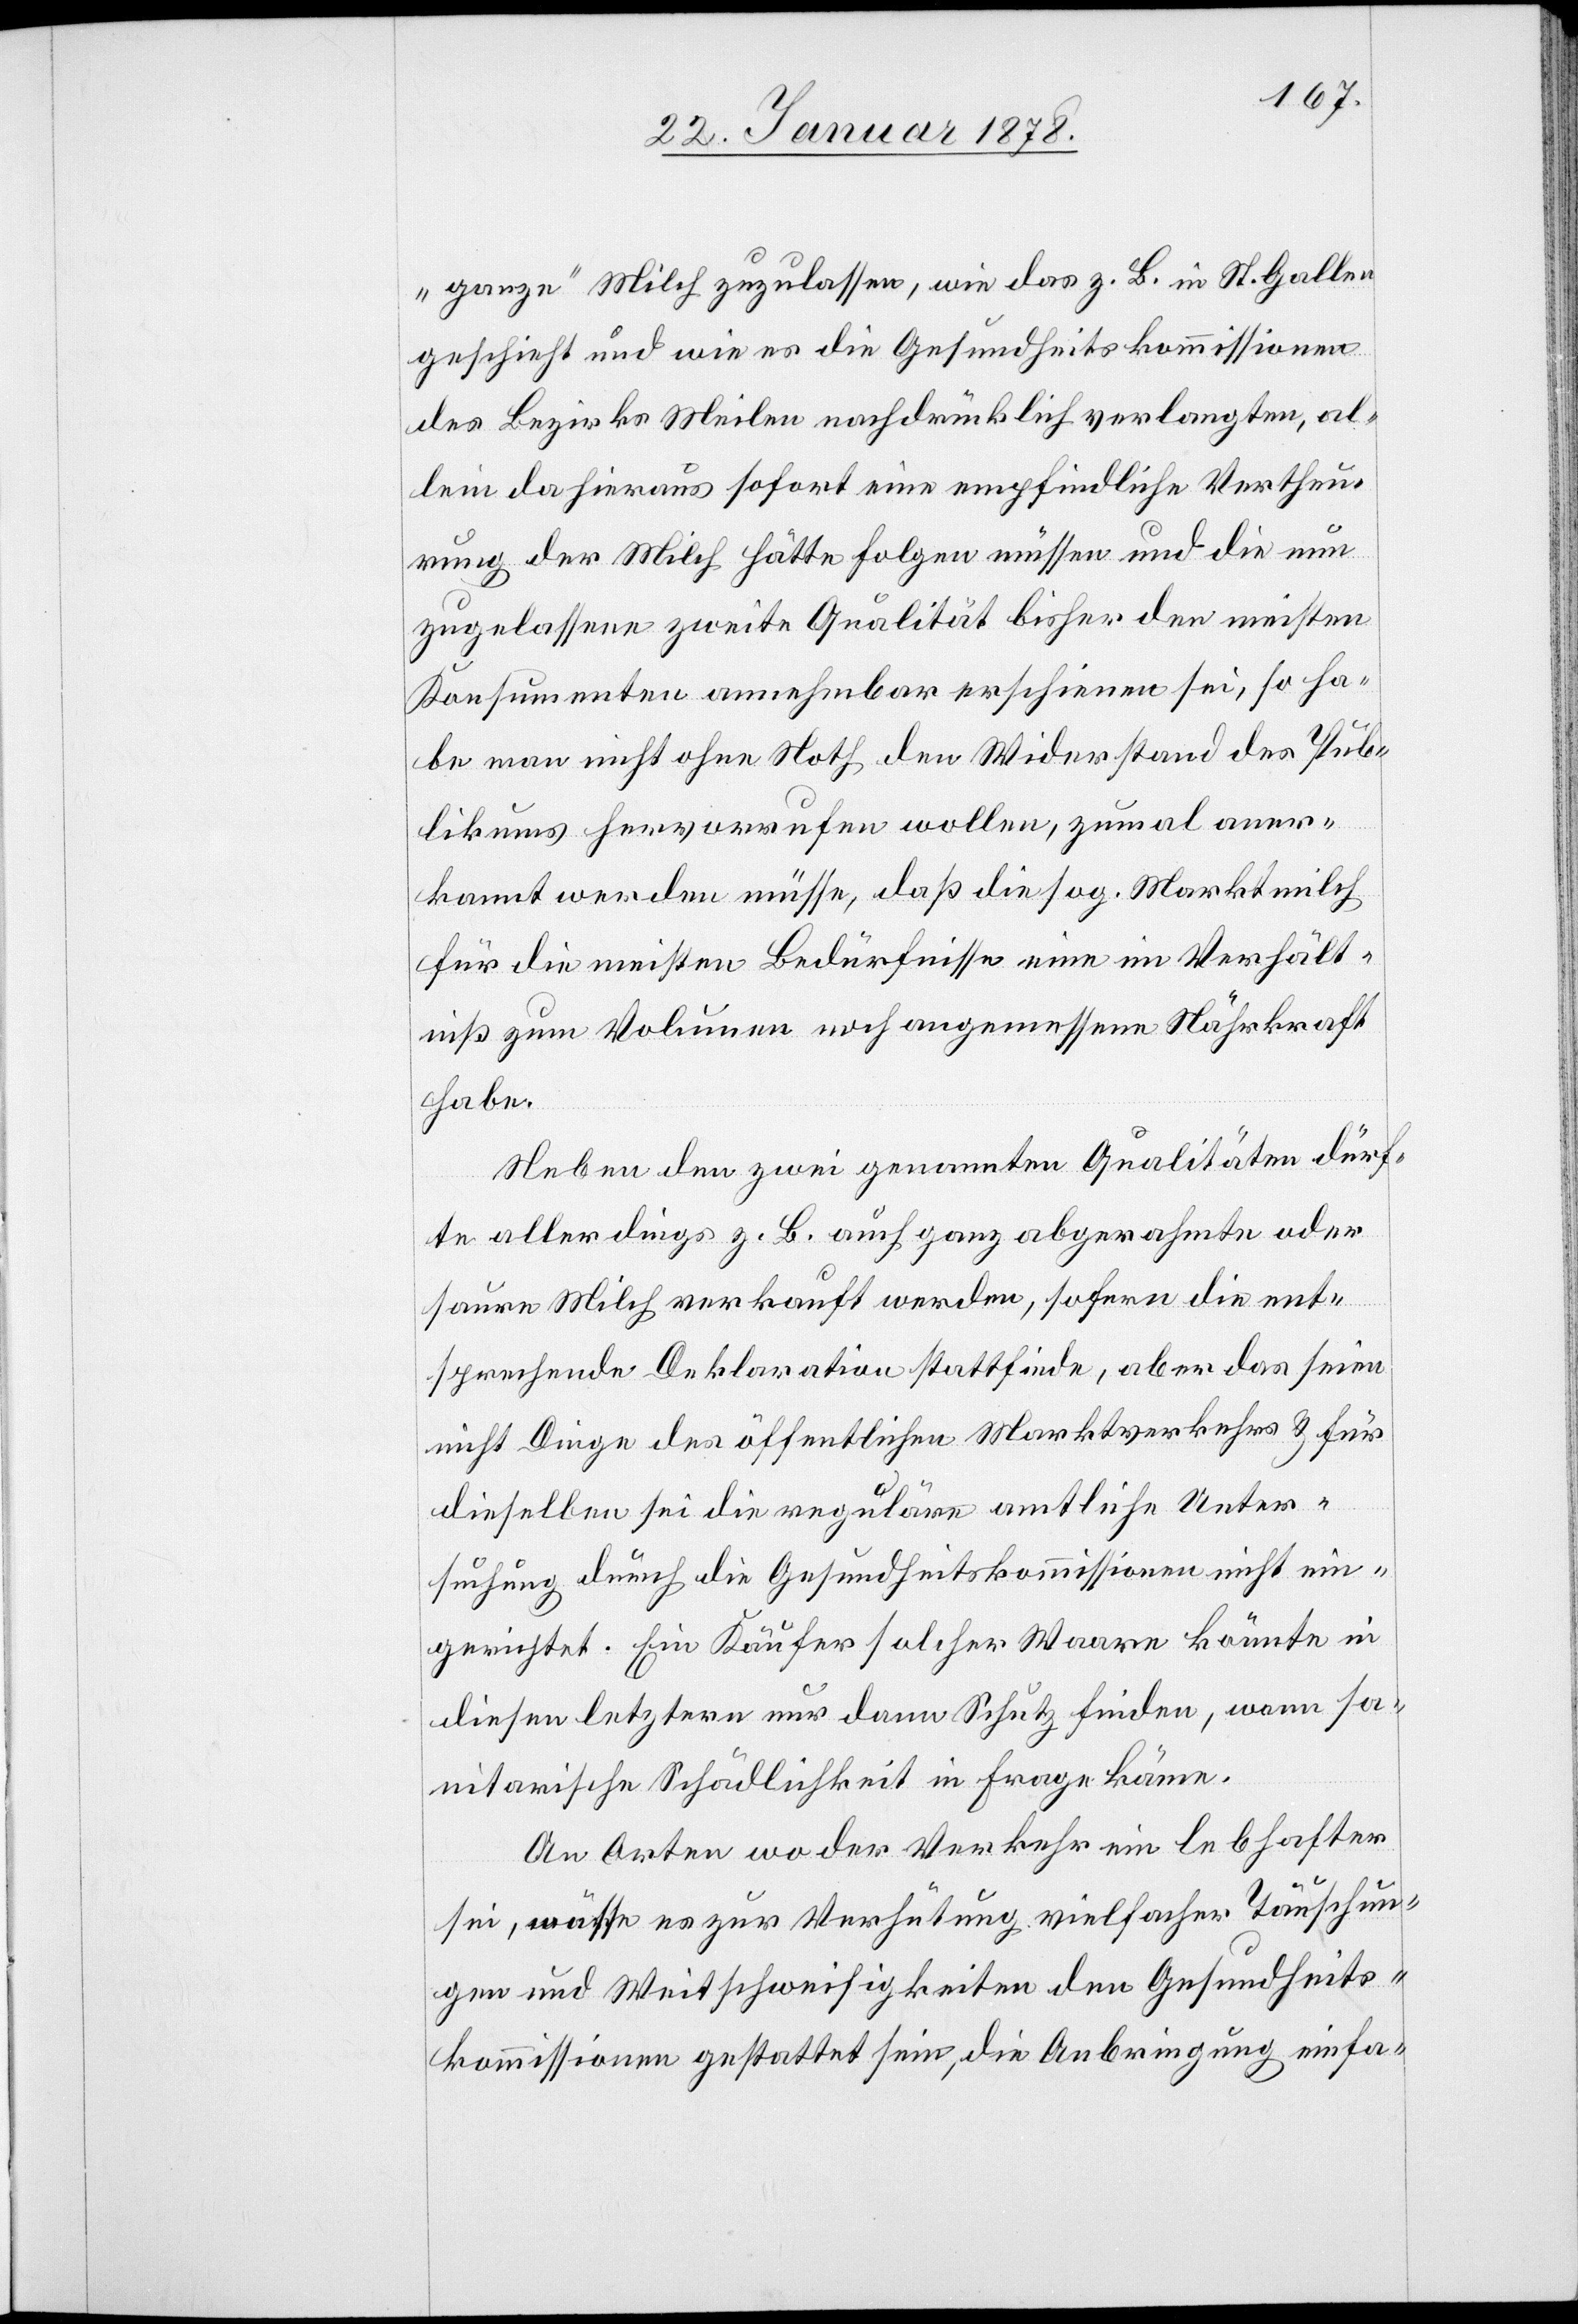
„ganze“ Milch zuzulassen, wie das z. B. in St. Gallen
geschieht und wie es die Gesundheitskommissionen
des Bezirks Meilen nachdrücklich verlangten, al¬
lein da hieraus sofort eine empfindliche Vertheue¬
rung der Milch hätte folgen müssen und die neu
zugelassene zweite Qualität bisher den meisten
Konsumenten annehmbar erschienen sei, so ha¬
be man nicht ohne Noth den Widerstand des Pub¬
likums hervorrufen wollen, zumal aner¬
kannt werden müsse, daß die sog. Marktmilch
für die meisten Bedürfnisse eine im Verhält¬
niß zum Volumen noch angemessene Nährkraft
habe.
Neben den zwei genannten Qualitäten dürf¬
te allerdings z. B. auch ganz abgerahmte oder
saure Milch verkauft werden, sofern die ent¬
sprechende Deklaration stattfinde, aber das seien
nicht Dinge des öffentlichen Marktverkehrs & für
dieselben sei die reguläre amtliche Unter¬
suchung durch die Gesundheitskommission nicht ein¬
gerichtet. Ein Käufer solcher Waare könnte in
diesen letztern nur dann Schutz finden, wenn sa¬
nitarische Schädlichkeit in Frage käme.
An Orten wo der Verkehr ein lebhafter
sei, möchte es zur Verhütung vielfacher Täuschun¬
gen und Weitschweifigkeiten den Gesundheits¬
kommissionen gestattet sein, die Anbringung einfa-